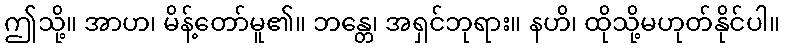
ဤသို့။ အာဟ၊ မိန့်တော်မူ၏။ ဘန္တေ၊ အရှင်ဘုရား။ နဟိ၊ ထိုသို့မဟုတ်နိုင်ပါ။